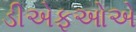
ડીએફઓએ